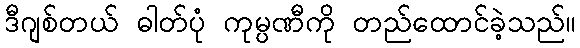
ဒီဂျစ်တယ် ဓါတ်ပုံ ကုမ္ပဏီကို တည်ထောင်ခဲ့သည်။